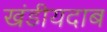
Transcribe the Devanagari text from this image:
खंडीयदाब